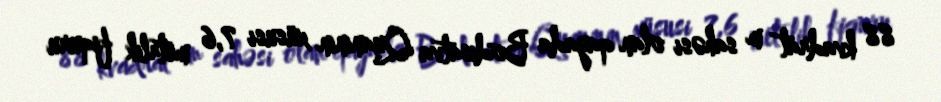
88 kvadrat m sahəsi olan qayada Bodisatva Quaninin xüsusi 7,6 metrlik fiquru